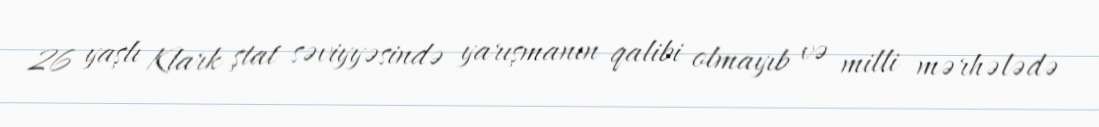
26 yaşlı Klark ştat səviyyəsində yarışmanın qalibi olmayıb və milli mərhələdə